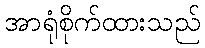
အာရုံစိုက်ထားသည်